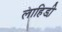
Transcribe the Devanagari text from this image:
लाहिडी़